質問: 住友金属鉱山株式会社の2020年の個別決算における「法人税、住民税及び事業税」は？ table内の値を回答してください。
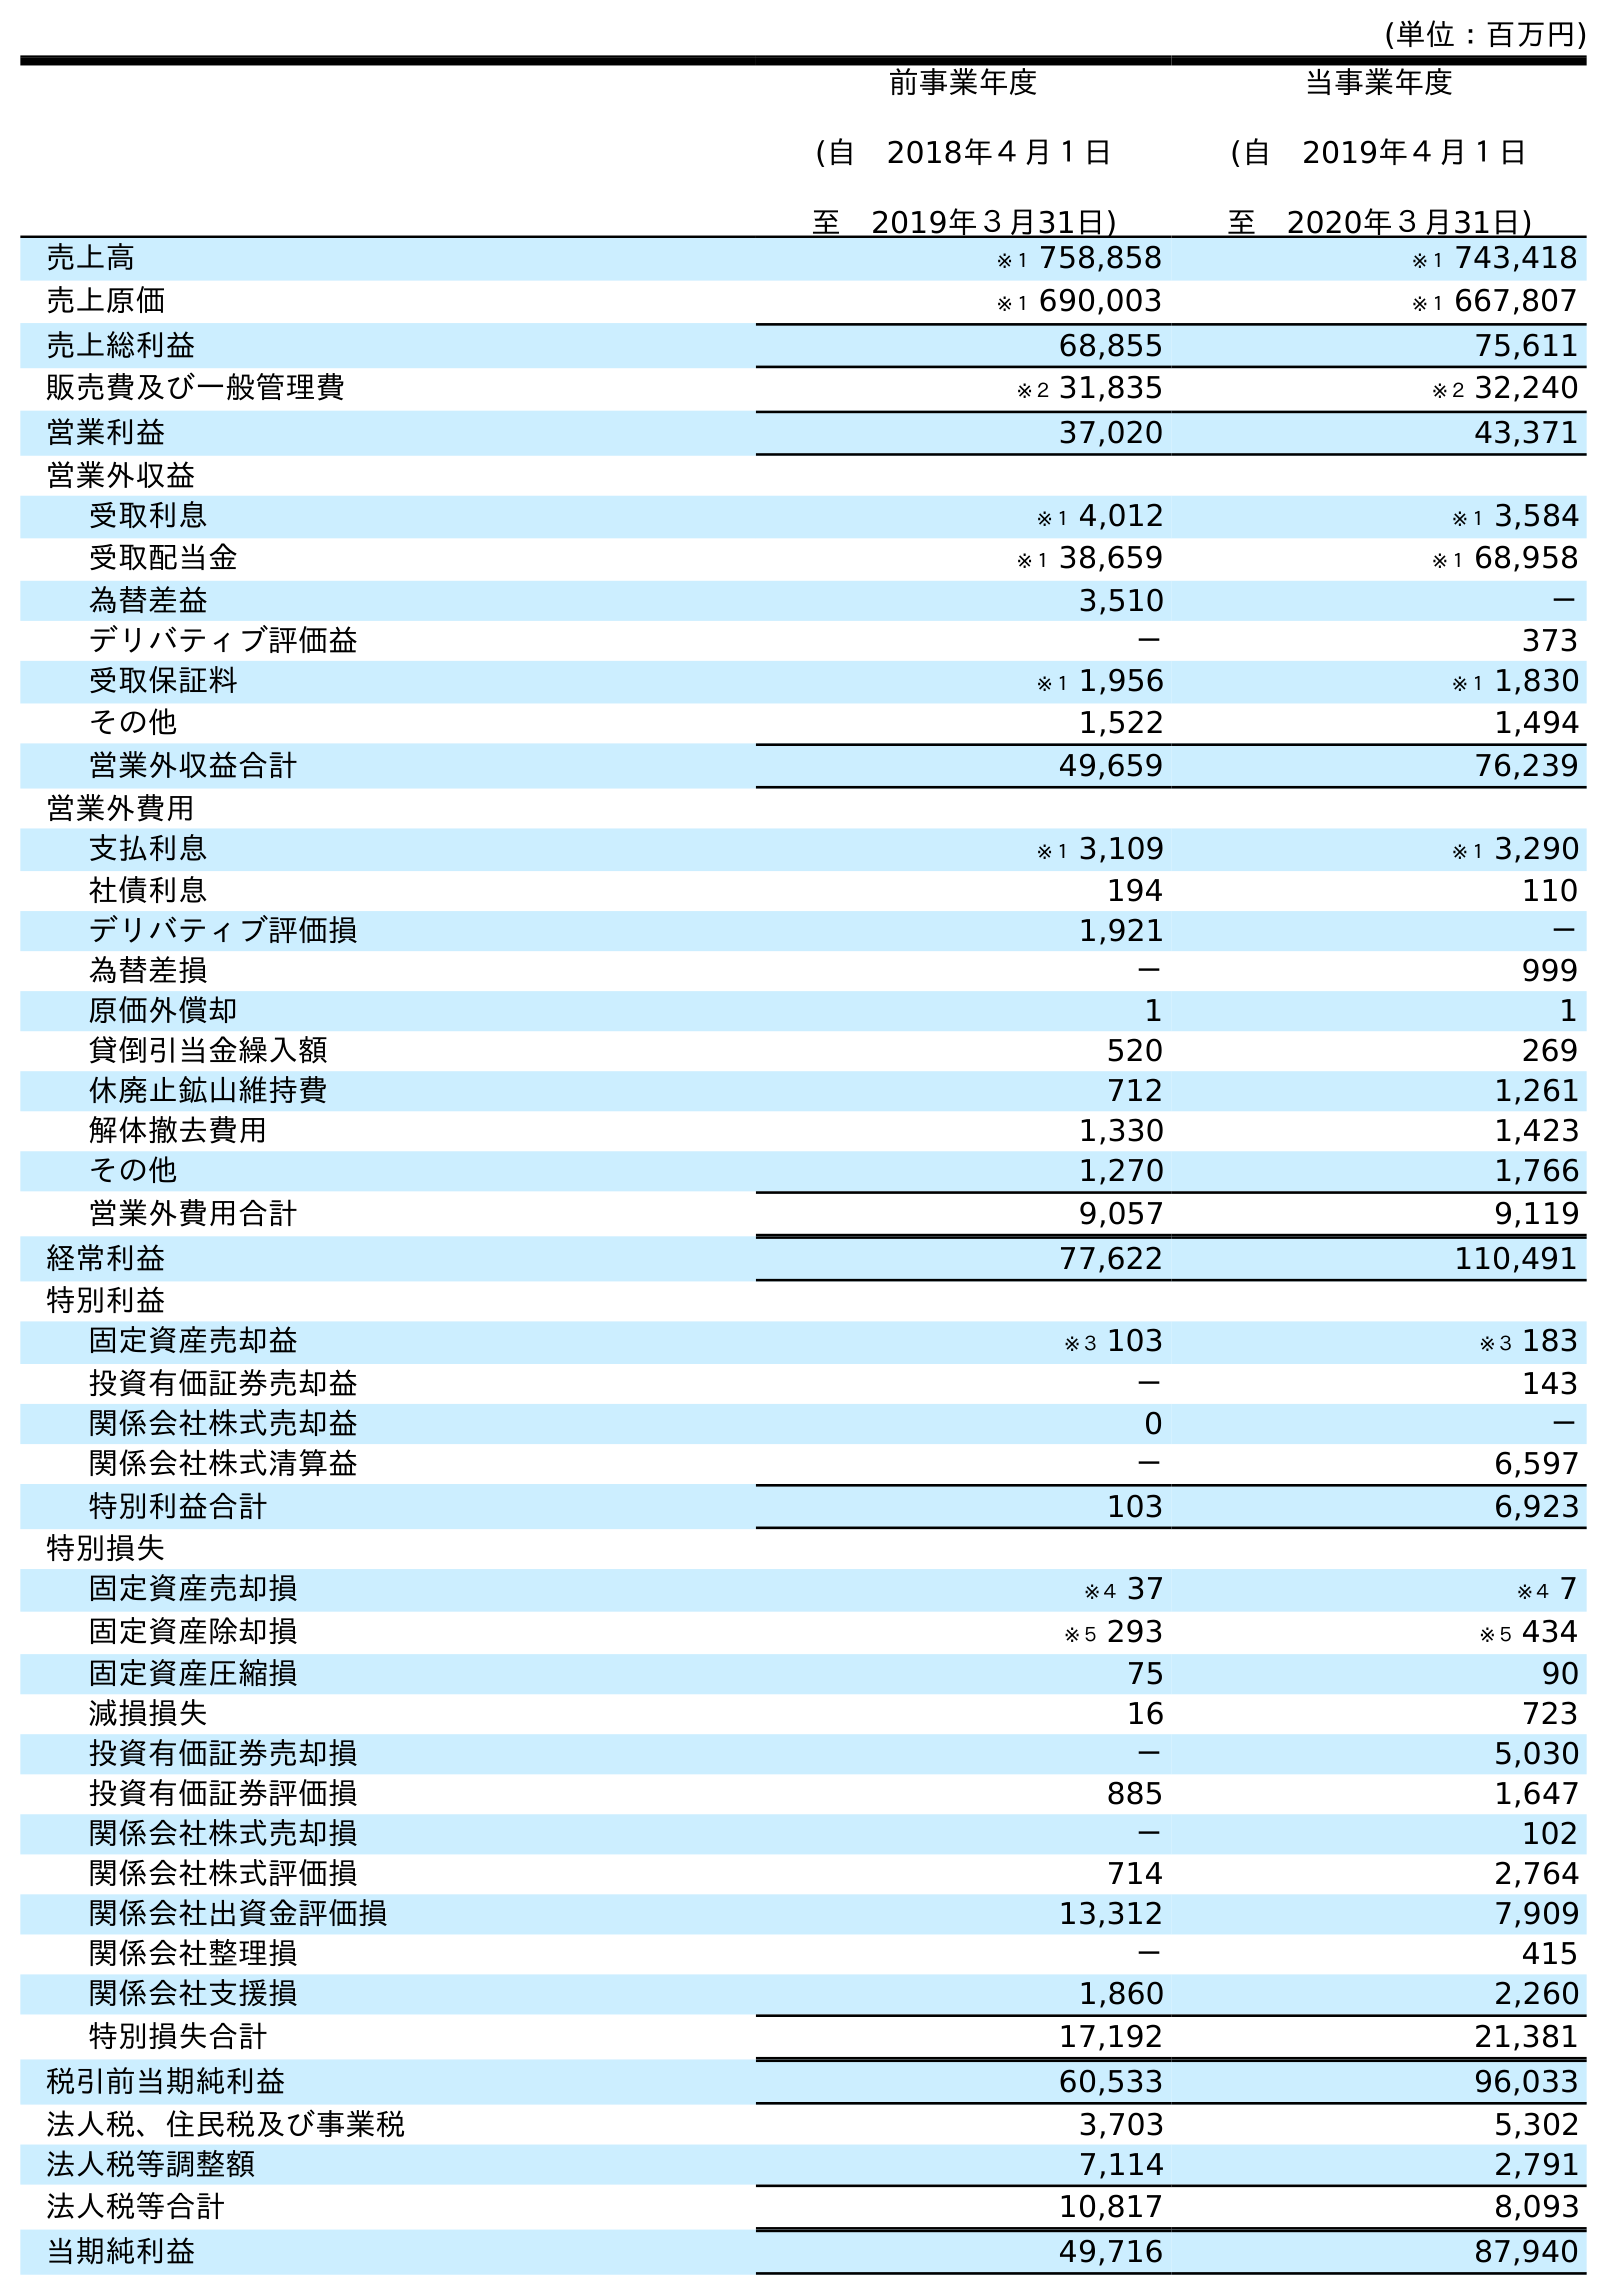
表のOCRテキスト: (単位：百万円) 前事業年度 (自 2018年４月１日 至 2019年３月31日) 当事業年度 (自 2019年４月１日 至 2020年３月31日) 売上高 ※１ 758,858 ※１ 743,418 売上原価 ※１ 690,003 ※１ 667,807 売上総利益 68,855 75,611 販売費及び一般管理費 ※２ 31,835 ※２ 32,240 営業利益 37,020 43,371 営業外収益 受取利息 ※１ 4,012 ※１ 3,584 受取配当金 ※１ 38,659 ※１ 68,958 為替差益 3,510 － デリバティブ評価益 － 373 受取保証料 ※１ 1,956 ※１ 1,830 その他 1,522 1,494 営業外収益合計 49,659 76,239 営業外費用 支払利息 ※１ 3,109 ※１ 3,290 社債利息 194 110 デリバティブ評価損 1,921 － 為替差損 － 999 原価外償却 1 1 貸倒引当金繰入額 520 269 休廃止鉱山維持費 712 1,261 解体撤去費用 1,330 1,423 その他 1,270 1,766 営業外費用合計 9,057 9,119 経常利益 77,622 110,491 特別利益 固定資産売却益 ※３ 103 ※３ 183 投資有価証券売却益 － 143 関係会社株式売却益 0 － 関係会社株式清算益 － 6,597 特別利益合計 103 6,923 特別損失 固定資産売却損 ※４ 37 ※４ 7 固定資産除却損 ※５ 293 ※５ 434 固定資産圧縮損 75 90 減損損失 16 723 投資有価証券売却損 － 5,030 投資有価証券評価損 885 1,647 関係会社株式売却損 － 102 関係会社株式評価損 714 2,764 関係会社出資金評価損 13,312 7,909 関係会社整理損 － 415 関係会社支援損 1,860 2,260 特別損失合計 17,192 21,381 税引前当期純利益 60,533 96,033 法人税、住民税及び事業税 3,703 5,302 法人税等調整額 7,114 2,791 法人税等合計 10,817 8,093 当期純利益 49,716 87,940
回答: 5,302